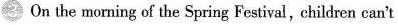
3 On the morning of the Spring Festival,children can't